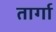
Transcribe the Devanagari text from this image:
तार्गा